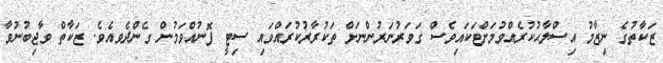
ޒަކާތުގެ ނިޒާމު އިސްލާޙުކުރެއްވުމަށްޓަކައިވެސް ގަވަރުނަރުންނަށް ތަކުރާރުކުރައްވައި ސިޓީ ފޮނުއްވަމުން ގެންދެވއެވެ. ޒަކާތް ވާޖިބުނުވާ